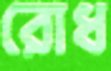
রোধ